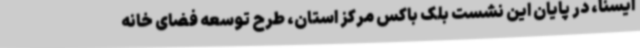
ایسنا، در پایان این نشست بلک باکس مرکز استان، طرح توسعه فضای خانه